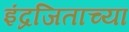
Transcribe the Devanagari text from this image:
इंद्रजिताच्या